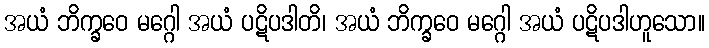
အယံ ဘိက္ခဝေ မဂ္ဂေါ အယံ ပဋိပဒါတိ၊ အယံ ဘိက္ခဝေ မဂ္ဂေါ အယံ ပဋိပဒါဟူသော။